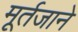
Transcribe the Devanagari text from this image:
मूर्तजाने